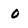
Character: 0